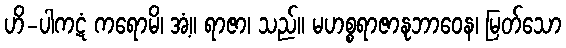
ဟိ-ပါကဋံ ကရောမိ၊ အံ့။ ရာဇာ၊ သည်။ မဟစ္စရာဇာနုဘာဝေန၊ မြတ်သော